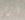
أتركي